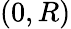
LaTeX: (0,R)